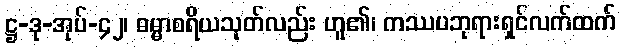
ဋ္ဌ-ဒု-အုပ်-၄၂၊ ဓမ္မာစရိယသုတ်လည်း ဟူ၏၊ ကဿပဘုရားရှင်လက်ထက်